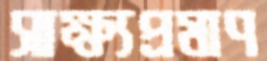
সাক্ষ্যপ্রমাণ